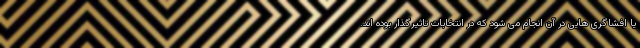
یا افشاگری هایی در آن انجام می شود که در انتخابات تاثیرگذار بوده اند.